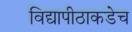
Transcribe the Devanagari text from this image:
विद्यापीठाकडेच